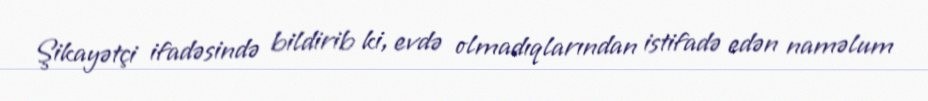
Şikayətçi ifadəsində bildirib ki, evdə olmadıqlarından istifadə edən naməlum